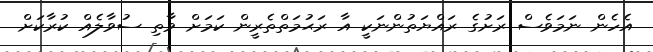
އެހެން ނަމަވެސް ރަށުގެ ރައްޔަތުންނަކީ އާ ރަޙުމަތްތެރީން ކަމަށް ވާތި ސުވާލެއް ކުރާކަށް